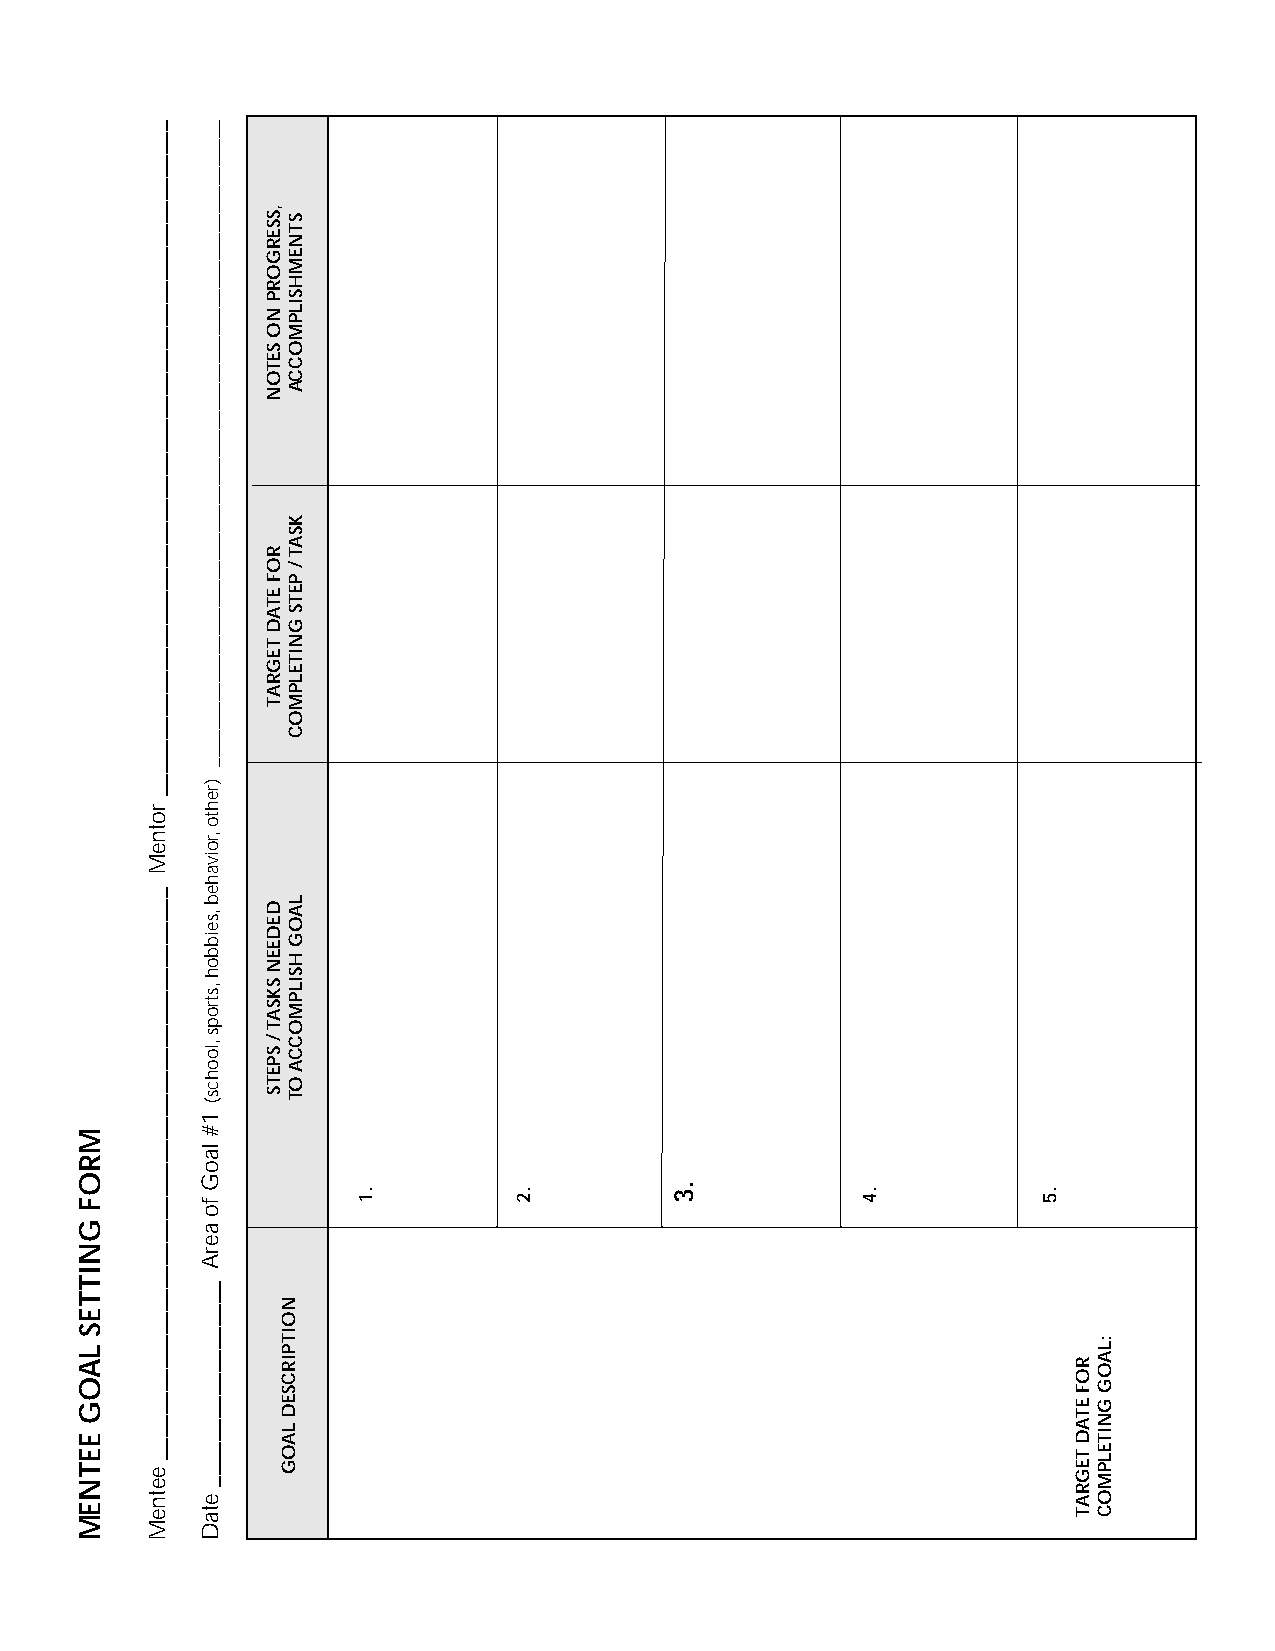
MODULE 3
 DESIGNING AND IMPLEMENTING A MENTEE TRAINING
 NOTES
 plus
 MENTORING Workshop Series                                  3-17
 MROF
 GNITTES
 LAOG
 EETNEM
 ___________________________________________________________
 rotneM
 __________________________________________________
 eetneM
 _____________________________________________________________________
 )rehto
 ,roivaheb
 ,seibboh
 ,strops
 ,loohcs(
 1#
 laoG
 fo
 aerA
 __________________
 etaD
 ,SSERGORP
 NO
 SETON
 ROF
 ETAD
 TEGRAT
 DEDEEN
 SKSAT
 /
 SPETS
 NOITPIRCSED
 LAOG
 STNEMHSILPMOCCA
 KSAT
 /
 PETS
 GNITELPMOC
 LAOG
 HSILPMOCCA
 OT
 .1        .2
 .3
 .4          .5
 ROF
 ETAD
 TEGRAT
 :LAOG
 GNITELPMOC